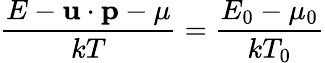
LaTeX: \frac{E-\textbf{u}\cdot\textbf{p}-\mu}{kT}=\frac{E_{0}-\mu_{0}}{kT_{0}}